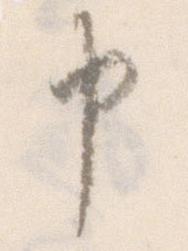
申